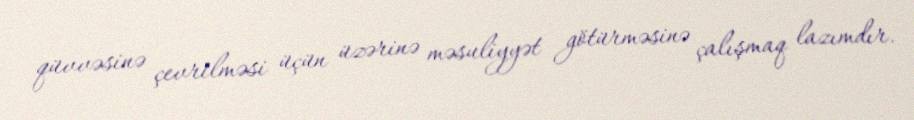
qüvvəsinə çevrilməsi üçün üzərinə məsuliyyət götürməsinə çalışmaq lazımdır.